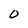
Character: O